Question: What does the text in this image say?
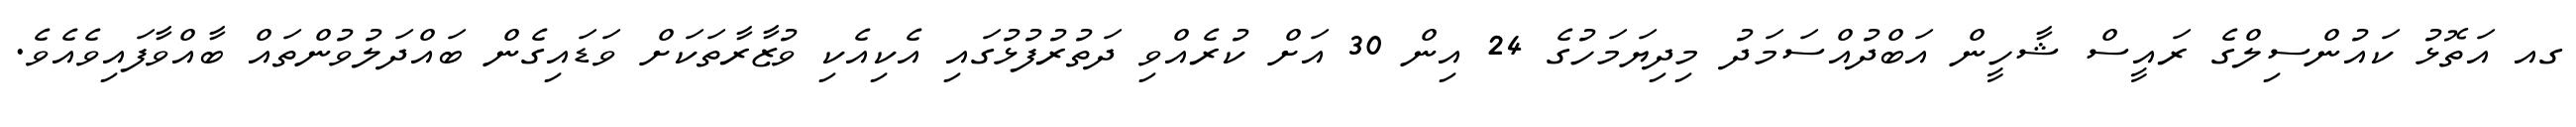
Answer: ގއ އަތޮޅު ކައުންސިލްގެ ރައީސް ޝާހީން އަބްދުއްސަމަދު މިދިޔަމަހުގެ 24 އިން 30 އަށް ކުރެއްވި ދަތުރުފުޅުގައި އެކިއެކި ވުޒާރާތަކަށް ވަޑައިގެން ބައްދަލުވުންތައް ބާއްވާފައިވެއެވެ.